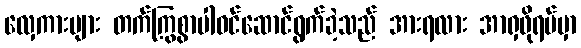
လှေကားများ တက်ကြွစွာပါဝင်ဆောင်ရွက်ခဲ့သည် အားရလား အာရှဖိုရမ်မှာ